Vaccination United Provinces of Agra and Oudh 1902-1913 - 1902-1913
Year: 1902
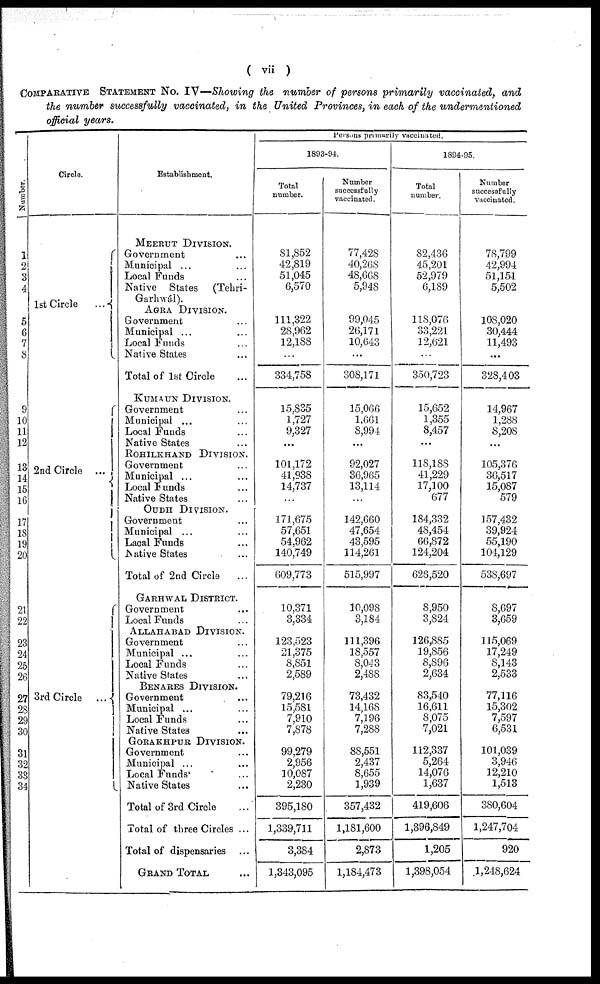
( vii )
COMPARATIVE STATEMENT No. IV—Showing the number of persons primarily vaccinated, and
the number successfully vaccinated, in the United Provinces, in each of the undermentioned
official years.
Number.
1
2
3
4
5
6
7
8
9
10
11
12
13
14
15
16
17
18
19
20
21
22
23
24
25
26
27
28
29
30
31
32
33
34
Circle.
1st Circle
...
2nd Circle ...
3rd Circle
...
Establishment.
MEERUT DIVISION.
Government ...
Municipal ...
Local Funds ...
Native States
(Tehri-
Garhwál).
AGRA DIVISION.
Government ...
Municipal ...
Local Funds ...
Native States ...
Total of 1st Circle ...
KUMAUN DIVISION.
Government ...
Municipal ... ...
Local Funds ...
Native States ...
ROHILKHAND DIVISION.
Government ...
Municipal ...
Local Funds ...
Native States ...
OUDH DIVISION.
Government ...
Municipal ...
Lacal Funds ...
Native States ...
Total of 2nd Circle ...
GARHWAL DISTRICT.
Government ...
Local Funds ...
ALLAHABAD DIVISION.
Government ...
Municipal ...
Local Funds ...
Native States ...
BENARES DIVISION.
Government ...
Municipal ...
Local Funds ...
Native States ...
GORAKHPUR DIVISION.
Government ...
Municipal ...
Local Funds ...
Native States ...
Total of 3rd Circle ...
Total of three Circles ...
Total of dispensaries ...
GRAND TOTAL ...
Persons primarily vaccinated.
1893-94.
Total
number.
81,852
42,819
51,045
6,570
111,322
28,962
12,188
...
334,758
15,835
1,727
9,327
...
101,172
41,938
14,737
...
171,675
57,651
54,962
140,749
609,773
10,371
3,334
123,523
21,375
8,851
2,589
79,216
15,581
7,910
7,878
99,279
2,956
10,087
2,230
395,180
1,339,711
3,384
1,343,095
Number
successfully
vaccinated.
77,428
40,268
48,668
5,948
99,045
26,171
10,643
...
308,171
15,066
1,661
8,994
...
92,027
36,965
13,114
...
142,660
47,654
43,595
114,261
515,997
10,098
3,184
111,396
18,557
8,043
2,488
73,432
14,168
7,196
7,288
88,551
2,437
8,655
1,939
357,432
1,181,600
2,873
1,184,473
1894-95.
Total
number.
82,436
45,201
52,979
6,189
118,076
33,221
12,621
...
350,723
15,652
1,355
8,457
...
118,188
41,229
17,100
677
184,332
48,454
66,872
124,204
626,520
8,950
3,824
126,885
19,856
8,896
2,634
83,540
16,611
8,075
7,021
112,337
5,264
14,076
1,637
419,606
1,396,849
1,205
1,398,054
Number
successfully
vaccinated.
78,799
42,994
51,151
5,502
108,020
30,444
11,493
...
328,403
14,967
1,288
8,208
...
105,376
36,517
15,087
579
157,432
39,924
55,190
104,129
538,697
8,697
3,659
115,069
17,249
8,143
2,533
77,116
15,302
7,597
6,531
101,039
3,946
12,210
1,513
380,604
1,247,704
920
1,248,624